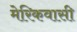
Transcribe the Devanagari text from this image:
मेरिकवासी